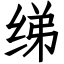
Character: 绨